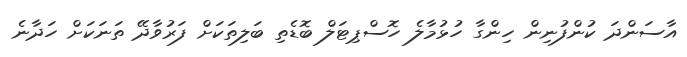
އާސަންދަ ކުންފުނިން ހިންގާ ހުޅުމާލެ ހޮސްޕިޓަލް ބޮޑެތި ބަލިތަކަށް ފަރުވާދޭ ތަނަކަށް ހަދާނެ